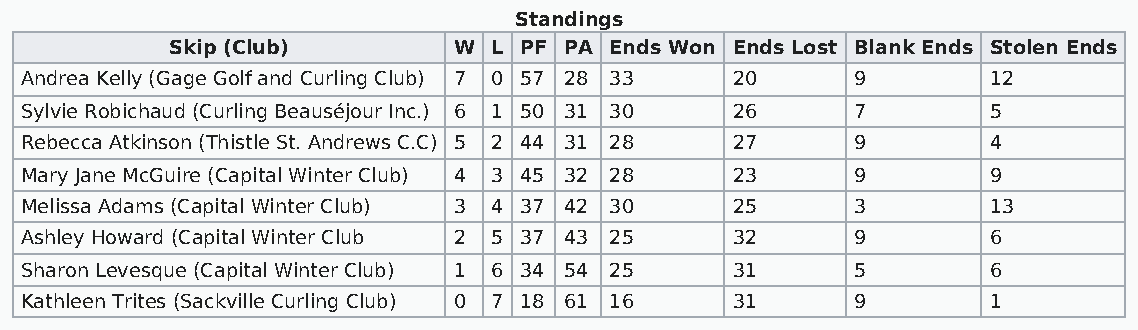
Standings
 Skip (Club)        W  L PF PA Ends Won Ends Lost Blank Ends Stolen Ends
 Andrea Kelly (Gage Golf and Curling Club) 7 0 57 28 33 20 9     12
 Sylvie Robichaud (Curling Beauséjour Inc.) 6 1 50 31 30 26 7    5
 Rebecca Atkinson (Thistle St. Andrews C.C) 5 2 44 31 28 27 9    4
 Mary Jane McGuire (Capital Winter Club) 4 3 45 32 28 23 9       9
 Melissa Adams (Capital Winter Club) 3 4 37 42 30 25    3        13
 Ashley Howard (Capital Winter Club 2 5 37 43 25 32     9        6
 Sharon Levesque (Capital Winter Club) 1 6 34 54 25 31  5        6
 Kathleen Trites (Sackville Curling Club) 0 7 18 61 16 31 9      1